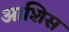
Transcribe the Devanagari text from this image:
आशिस